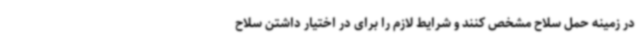
در زمینه حمل سلاح مشخص کنند و شرایط لازم را برای در اختیار داشتن سلاح